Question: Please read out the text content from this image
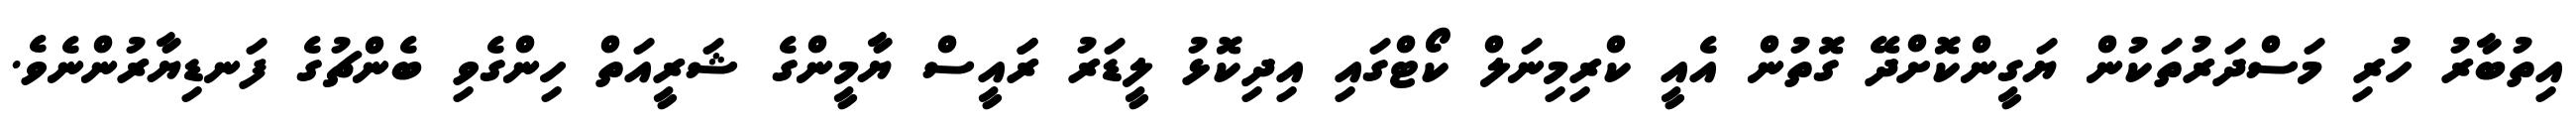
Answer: އިތުބާރު ހުރި މަސްދަރުތަކުން ޔަގީންކޮށްދޭ ގޮތުން އެއީ ކްރިމިނަލް ކޯޓްގައި އިދިކޮޅު ލީޑަރު ރަައީސް ޔާމީންގެ ޝަރީއަތް ހިންގެވި ބެންޗުގެ ފަނޑިޔާރުންނެވެ.